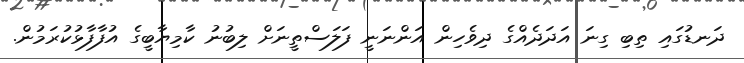
ދަނޑުގައި ތިބި ގިނަ އަދަދެއްގެ ދިވެހިން އަންނަނީ ފަލަސްތީނަށް ލިބުނު ކާމިޔާބީގެ އުފާފާޅުކުރަމުން.